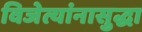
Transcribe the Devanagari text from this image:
विजेत्यांनासुद्धा